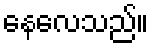
နေလေသည်။